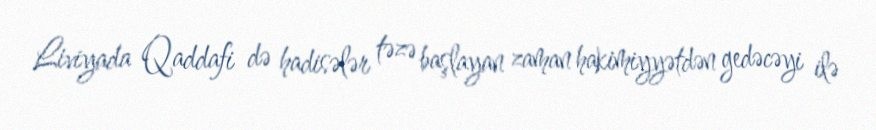
Liviyada Qaddafi də hadisələr təzə başlayan zaman hakimiyyətdən gedəcəyi ilə